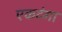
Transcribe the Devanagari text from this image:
एकटंगा